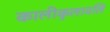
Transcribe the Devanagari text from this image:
कालीकुलावलि